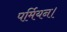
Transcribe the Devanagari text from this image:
पर्मियन।